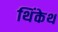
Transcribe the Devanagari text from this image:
थिंकेथ